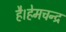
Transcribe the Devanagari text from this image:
है।हेमचन्द्र